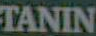
TANIN